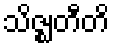
သိဇ္ဈတီတိ